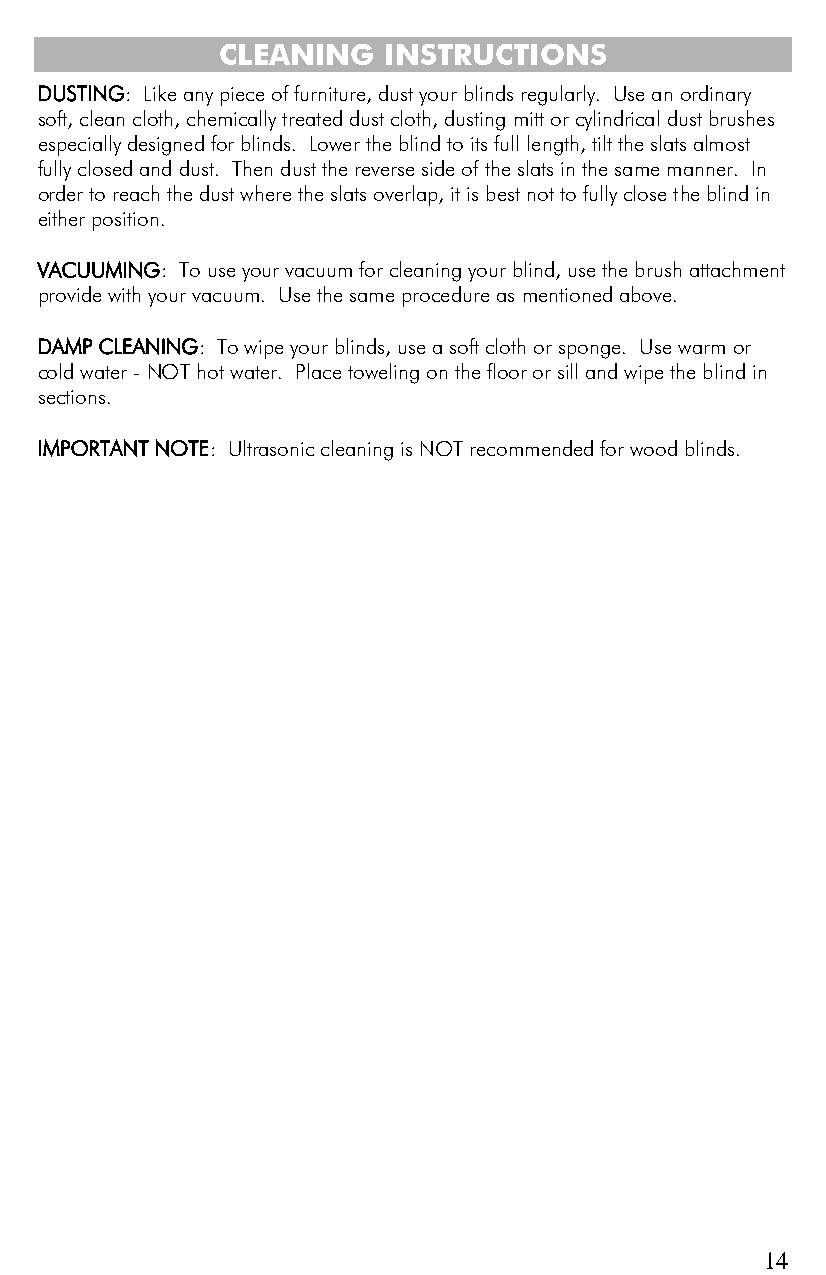
CLEANING  INSTRUCTIONS
 DUSTING: Like any piece of furniture, dust your blinds regularly. Use an ordinary
 soft, clean cloth, chemically treated dust cloth, dusting mitt or cylindrical dust brushes
 especially designed for blinds. Lower the blind to its full length, tilt the slats almost
 fully closed and dust. Then dust the reverse side of the slats in the same manner. In
 order to reach the dust where the slats overlap, it is best not to fully close the blind in
 either position.
 VACUUMING: To use your vacuum for cleaning your blind, use the brush attachment
 provide with your vacuum. Use the same procedure as mentioned above.
 DAMP CLEANING: To wipe your blinds, use a soft cloth or sponge. Use warm or
 cold water - NOT hot water. Place toweling on the floor or sill and wipe the blind in
 sections.
 IMPORTANT NOTE: Ultrasonic cleaning is NOT recommended for wood blinds.
 14